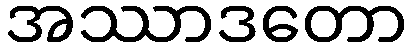
အဿာဒတော